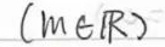
$( m \in R )$